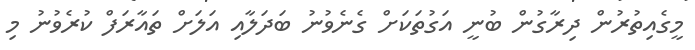
މީގެއިތުރުން ދިރާގުން ބުނީ އަގުތަކަށް ގެނެވުނު ބަދަލާއި އަލަށް ތައާރަފް ކުރެވުނު މި